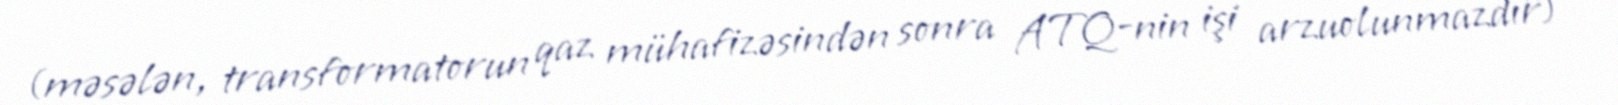
(məsələn, transformatorun qaz mühafizəsindən sonra ATQ-nin işi arzuolunmazdır)